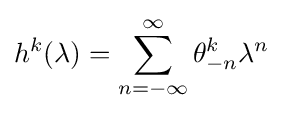
h^{k}(\lambda )=\sum _{n=-\infty }^{\infty }\theta _{-n}^{k}\lambda ^{n}